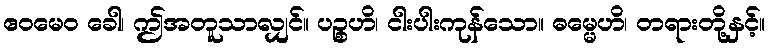
ဧဝမေဝ ခေါ၊ ဤအတူသာလျှင်။ ပဉ္စဟိ၊ ငါးပါးကုန်သော။ ဓမ္မေဟိ၊ တရားတို့နှင့်။